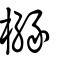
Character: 櫞